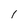
Character: 1